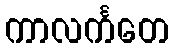
ကာလင်္ကတေ